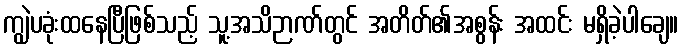
ကျွဲပခုံးထနေပြီဖြစ်သည့် သူ့အသိဉာဏ်တွင် အတိတ်၏အစွန်း အထင်း မရှိခဲ့ပါချေ။